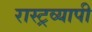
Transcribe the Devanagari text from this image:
रास्ट्रव्यापी